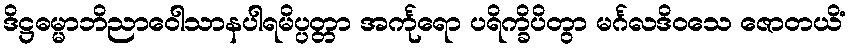
ဒိဋ္ဌဓမ္မာဘိညာဝေါသာနပါရမိပ္ပတ္တာ အင်္ကုရော ပရိက္ခိပိတွာ မင်္ဂလဒိဝသေ ဇောတယိံ